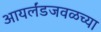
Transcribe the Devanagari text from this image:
आयर्लंडजवळच्या